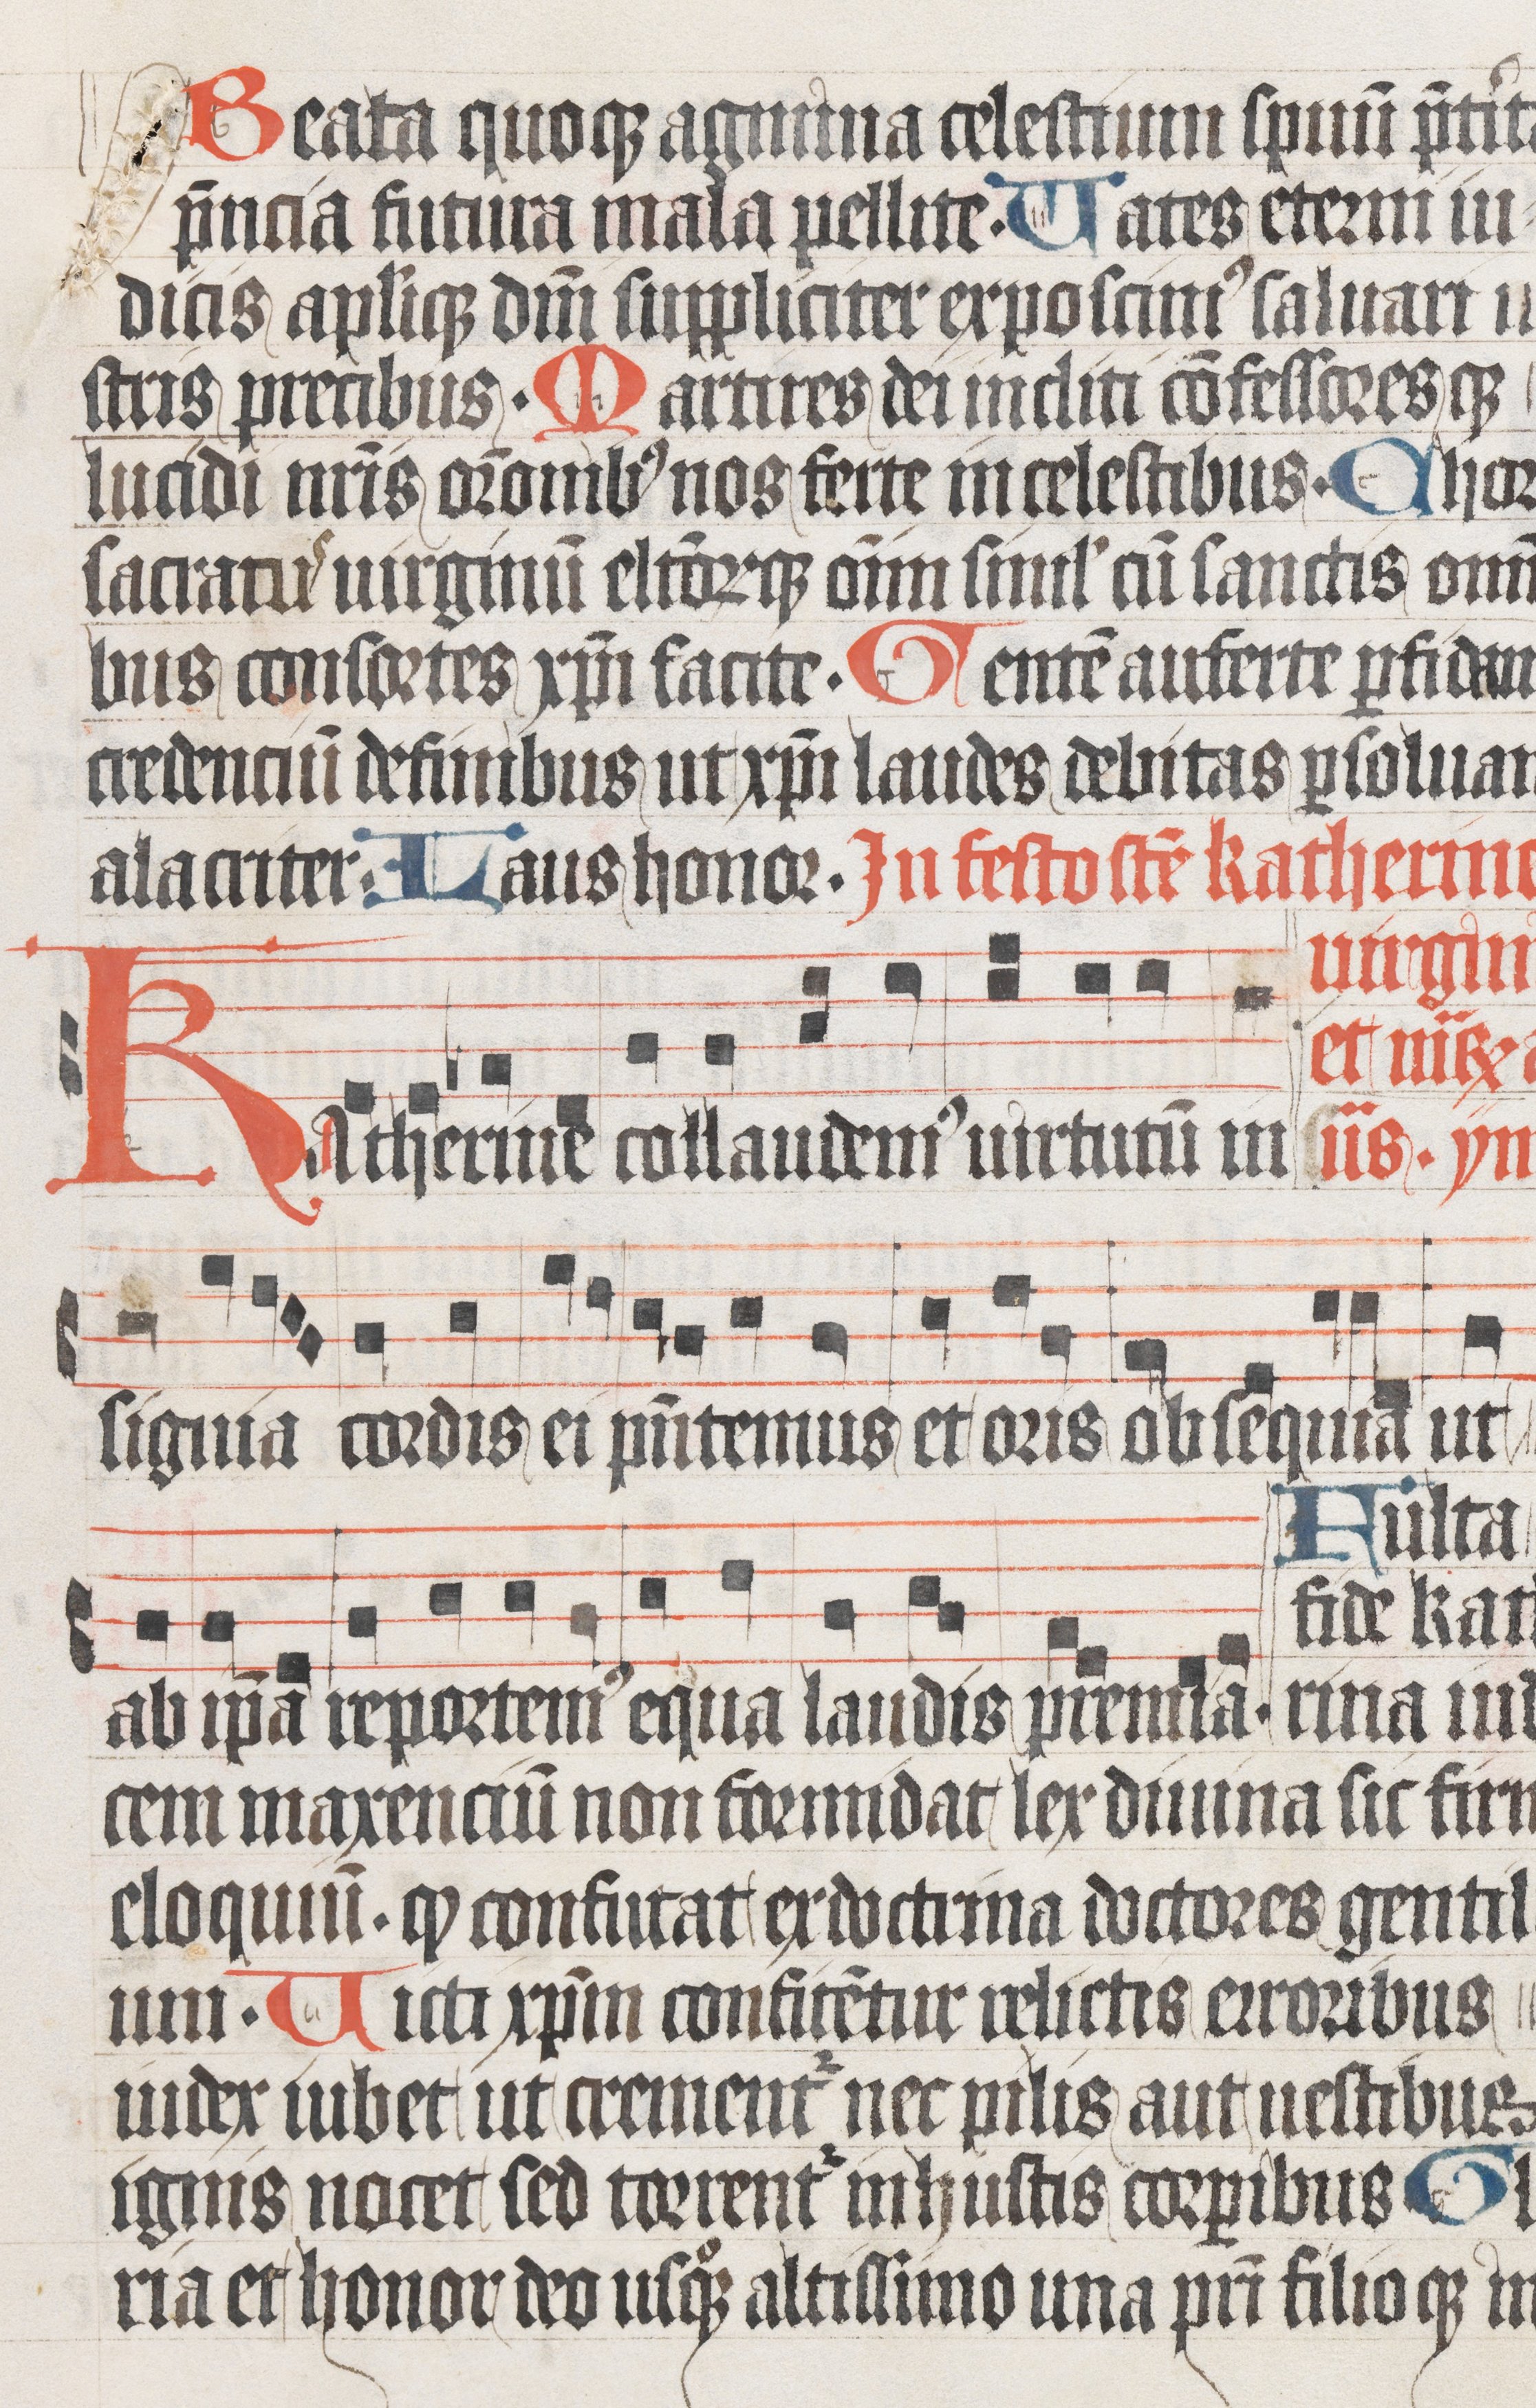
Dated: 1485–1515